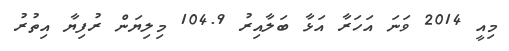
މިއީ 2014 ވަނަ އަހަރާ އަޅާ ބަލާއިރު 104.9 މިލިޔަން ރުފިޔާ އިތުރު